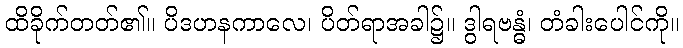
ထိခိုက်တတ်၏။ ပိဒဟနကာလေ၊ ပိတ်ရာအခါ၌။ ဒွါရဗန္ဓံ၊ တံခါးပေါင်ကို။